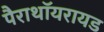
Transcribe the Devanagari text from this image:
पैराथॉयरायड